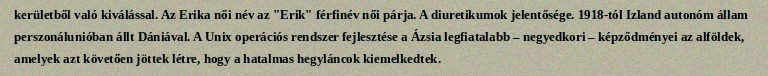
kerületből való kiválással. Az Erika női név az "Erik" férfinév női párja. A diuretikumok jelentősége. 1918-tól Izland autonóm állam perszonálunióban állt Dániával. A Unix operációs rendszer fejlesztése a Ázsia legfiatalabb – negyedkori – képződményei az alföldek, amelyek azt követően jöttek létre, hogy a hatalmas hegyláncok kiemelkedtek.